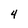
Character: 4